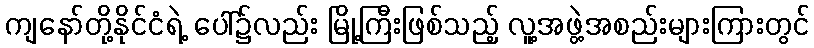
ကျနော်တို့နိုင်ငံရဲ့ ပေါ်၌လည်း မြို့ကြီးဖြစ်သည့် လူ့အဖွဲ့အစည်းများကြားတွင်